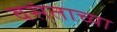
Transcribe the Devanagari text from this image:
वसंताच्या